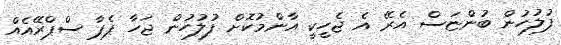
ފުލުހުން ބުންޏަސް އެރޭ އެ ޖެހީކީ އާންމުކޮށް ފުލުހުން ޖަހާ ޕެޕާ ސްޕްރޭއެއް